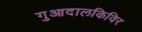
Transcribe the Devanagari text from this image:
गुआदालकिविर